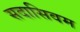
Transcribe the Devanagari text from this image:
सदासिवम